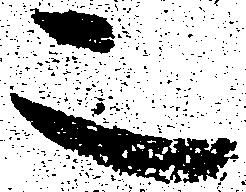
二